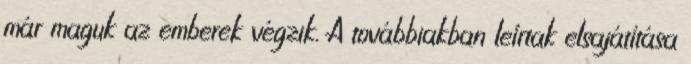
már maguk az emberek végzik. A továbbiakban leírtak elsajátítása